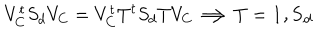
V _ { C } ^ { t } S _ { d } V _ { C } = V _ { C } ^ { t } T ^ { t } S _ { d } T V _ { C } \Longrightarrow T = \bf { 1 } , S _ { d }